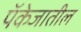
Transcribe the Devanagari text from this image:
पॅकेजातील